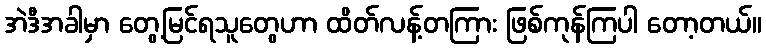
အဲဒီအခါမှာ တွေ့မြင်ရသူတွေဟာ ထိတ်လန့်တကြား ဖြစ်ကုန်ကြပါ တော့တယ်။